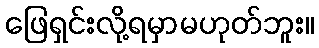
ဖြေရှင်းလို့ရမှာမဟုတ်ဘူး။